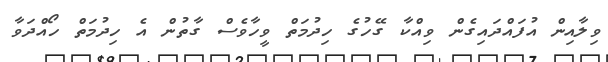
ވިލާއިން އުފައްދައިގެން ވިއްކާ ގޭހުގެ ހިދުމަތް ވީހާވެސް ގާތުން އެ ހިދުމަތް ހޯއްދަވާ